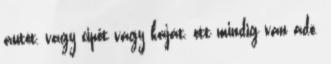
autót, vagy cipőt vagy kaját, ott mindig van adó.